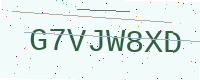
Text: G7VJW8XD